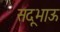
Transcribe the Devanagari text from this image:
सदूभाऊ